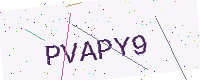
Text: PVAPY9